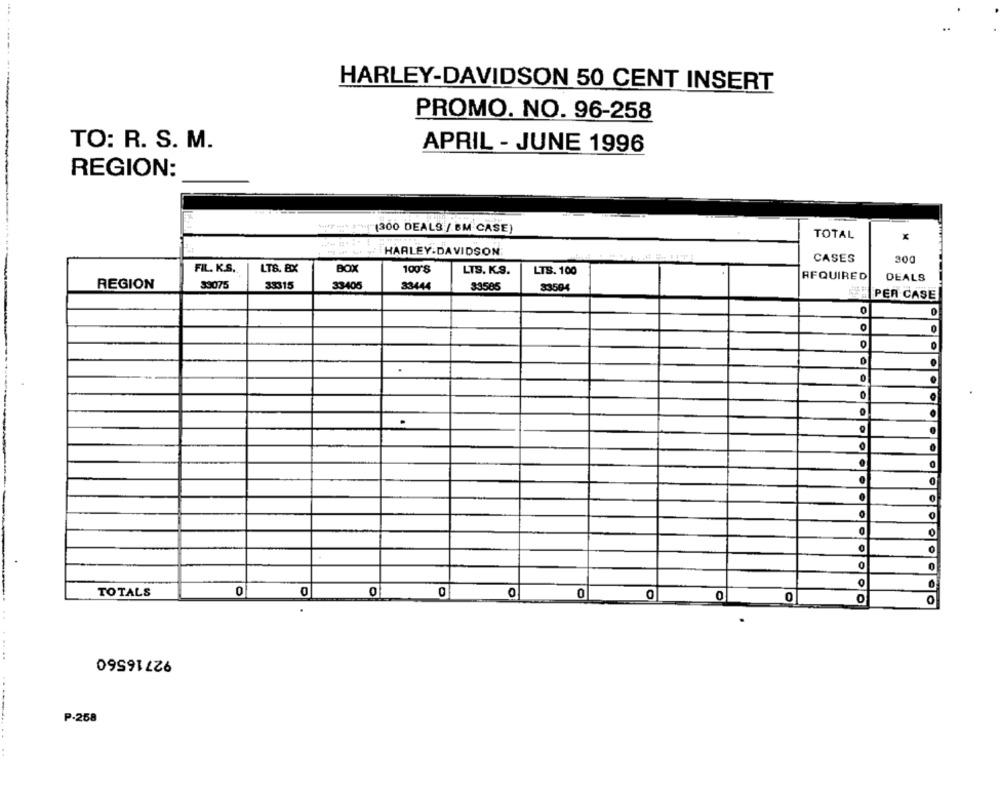
HARLEY-DAVIDSON 50 CENT INSERT
PROMO. NO. 96-258
TO: R. S. M.
APRIL - JUNE 1996
REGION:
"(300 DEALS / BM CASE)
TOTAL
x
HARLEY-DAVIDSON
CASES
300
FIL. K.S.
LTS. BX
BOX
100'S
LTS. K.S.
LTS. 100
REQUIRED
DEALS
REGION
33075
33315
33405
33444
33585
83504
PER CASE
0
0
0
0
0
.
0
0
.
O
0
0
TOTALS
0
0
0
0
0
0
0
0
0
O
00
92716560
P.258